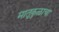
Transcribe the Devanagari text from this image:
मातृकुळाचा